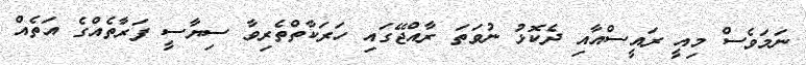
ނަމަވެސް މިއީ ރައީސްއާއި ދެކޮޅު ނުވަތަ ރާއްޖޭގައި ހަރަކާތްތެރިވާ ސިޔާސީ ފަރާތެއްގެ އަތެއް